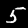
Label: 5